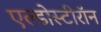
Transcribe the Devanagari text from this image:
एल्डोस्टीरॉन